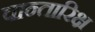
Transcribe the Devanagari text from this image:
वान्तारिक्ष